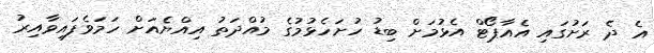
އެ ދެ ރަށުގައި އެއާޕޯޓް އެޅުމަށް ބިޑު ހުށަހެޅުމުގެ މުއްދަތު އިއްޔެއަށް ހަމަވެފައިވާއިރު